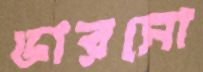
ভারসো